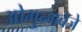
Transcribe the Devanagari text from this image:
ओगुन्गबेजे